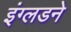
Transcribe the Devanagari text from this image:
इंग्लडने